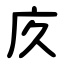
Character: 㡱